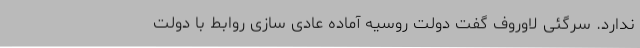
ندارد. سرگئی لاوروف گفت دولت روسیه آماده عادی سازی روابط با دولت